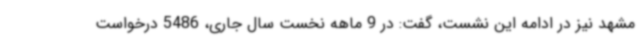
مشهد نیز در ادامه این نشست، گفت: در 9 ماهه نخست سال جاری، 5486 درخواست